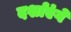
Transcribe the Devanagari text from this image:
दर्शाएंगे